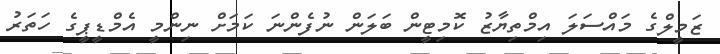
ޒަމީލްގެ މައްސަލަ އިމްތިޔާޒު ކޮމިޓީން ބަލަން ނުފެންނަ ކަމަށް ނިންމީ އެމްޑީޕީގެ ހަތަރު